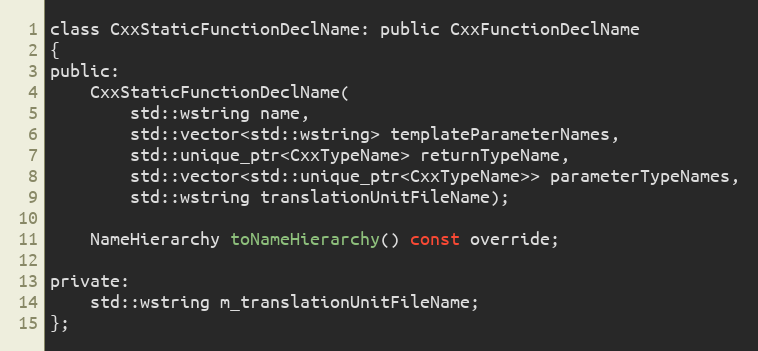
Language: C
class CxxStaticFunctionDeclName: public CxxFunctionDeclName
{
public:
	CxxStaticFunctionDeclName(
		std::wstring name,
		std::vector<std::wstring> templateParameterNames,
		std::unique_ptr<CxxTypeName> returnTypeName,
		std::vector<std::unique_ptr<CxxTypeName>> parameterTypeNames,
		std::wstring translationUnitFileName);

	NameHierarchy toNameHierarchy() const override;

private:
	std::wstring m_translationUnitFileName;
};